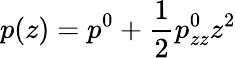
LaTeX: p(z)=p^{0}+\frac{1}2p_{zz}^{0}z^{2}